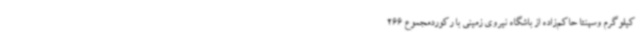
کیلوگرم وسپنتا حاکم‌زاده از باشگاه نیروی زمینی با رکوردمجموع 266